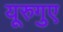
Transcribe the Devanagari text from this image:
यूरुगुए